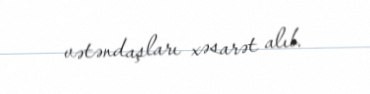
vətəndaşları xəsarət alıb.